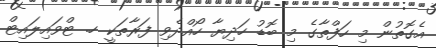
އެގޮތުން މި ހަފްތާގެ މި ބޮޑު ހަދިޔާ ހޯއްދެވި ފަރާތަކީ ހ. ޓްވައިލައިޓް